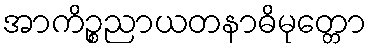
အာကိဉ္စညာယတနာဓိမုတ္တော